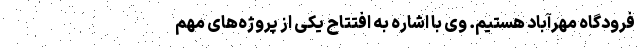
فرودگاه مهرآباد هستیم. وی با اشاره به افتتاح یکی از پروژه‌های مهم